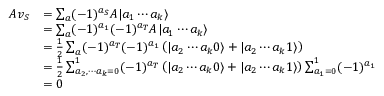
\begin{array} { r l } { A v _ { S } } & { = \sum _ { a } ( - 1 ) ^ { a _ { S } } A | a _ { 1 } \cdots a _ { k } \rangle } \\ & { = \sum _ { a } ( - 1 ) ^ { a _ { 1 } } ( - 1 ) ^ { a _ { T } } A | a _ { 1 } \cdots a _ { k } \rangle } \\ & { = \frac { 1 } { 2 } \sum _ { a } ( - 1 ) ^ { a _ { T } } ( - 1 ) ^ { a _ { 1 } } \left( | a _ { 2 } \cdots a _ { k } 0 \rangle + | a _ { 2 } \cdots a _ { k } 1 \rangle \right) } \\ & { = \frac { 1 } { 2 } \sum _ { a _ { 2 } , \cdots a _ { k } = 0 } ^ { 1 } ( - 1 ) ^ { a _ { T } } \left( | a _ { 2 } \cdots a _ { k } 0 \rangle + | a _ { 2 } \cdots a _ { k } 1 \rangle \right) \sum _ { a _ { 1 } = 0 } ^ { 1 } ( - 1 ) ^ { a _ { 1 } } } \\ & { = 0 } \end{array}